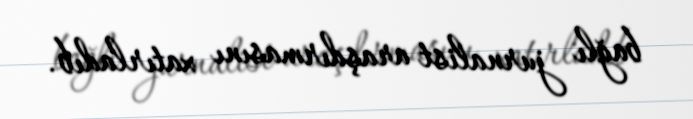
bağlı jurnalist araşdırmasını xatırladıb.